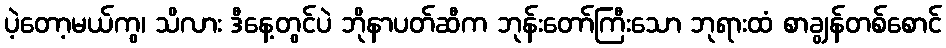
ပဲ့တော့မယ်ကွ၊ သိလား ဒီနေ့တွင်ပဲ ဘိုနာပတ်ဆီက ဘုန်းတော်ကြီးသော ဘုရားထံ စာချွန်တစ်စောင်